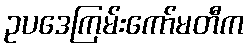
ဥပဒေကြမ်းကော်မတီက